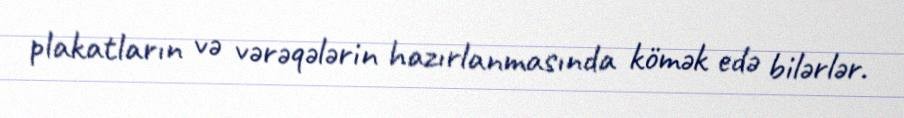
plakatların və vərəqələrin hazırlanmasında kömək edə bilərlər.